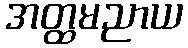
အတ္ထမညာယ